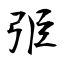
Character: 弫